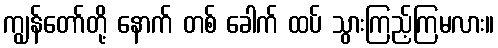
ကျွန်တော်တို့ နောက် တစ် ခေါက် ထပ် သွားကြည့်ကြမလား။